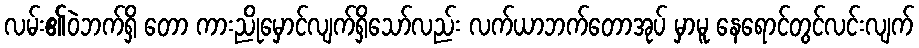
လမ်း၏ဝဲဘက်ရှိ တော ကားညိုမှောင်လျက်ရှိသော်လည်း လက်ယာဘက်တောအုပ် မှာမူ နေရောင်တွင်လင်းလျက်